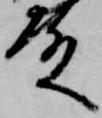
殿